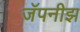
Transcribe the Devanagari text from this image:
जॅपनीझ